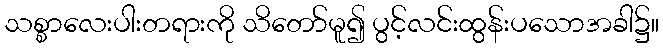
သစ္စာလေးပါးတရားကို သိတော်မူ၍ ပွင့်လင်းထွန်းပသောအခါ၌။